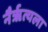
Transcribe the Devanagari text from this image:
नैर्ॠत्यला